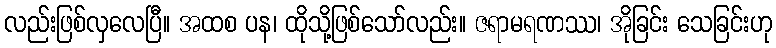
လည်းဖြစ်လှလေပြီ။ အထစ ပန၊ ထိုသို့ဖြစ်သော်လည်း။ ဇရာမရဏဿ၊ အိုခြင်း သေခြင်းဟု